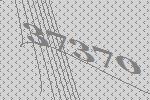
37370